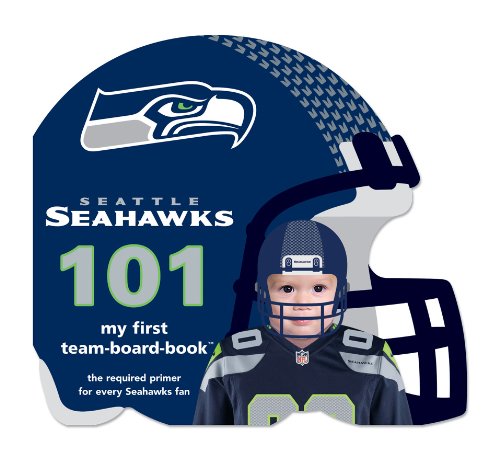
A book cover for Seattle Seahawks 101: My First Team-board-book; Brad M. Epstein; Children's Books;